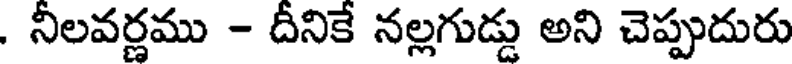
. నీలవర్ణము - దీనికే నల్లగుడ్డు అని చెప్పుదురు